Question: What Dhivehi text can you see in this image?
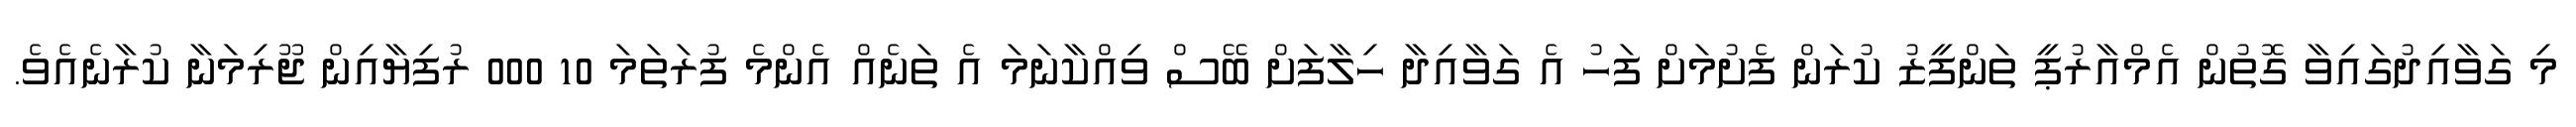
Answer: މި ގަވާއިދުގައިވާ ގޮތުން އެމްއާރުޕީ ތަންފީޒު ކުރަން ފެށުމަށް ފަހު އެ ގަވާއިދާ ހިލާފަށް ބޭސް ވިއްކާނަމަ އެ ތަނެއް އެންމެ ފުރަތަމަ 10 000 ރުފިޔާއިން ޖޫރިމަނާ ކުރާނެއެވެ.